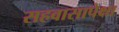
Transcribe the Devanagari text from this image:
सहवासापेक्षा